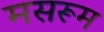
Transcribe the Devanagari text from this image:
मसरूम